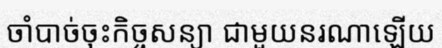
ចាំបាច់ចុះកិច្ចសន្យា ជាមួយនរណាឡើយ